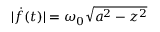
| \dot { f } ( t ) | = \omega _ { 0 } \sqrt { a ^ { 2 } - z ^ { 2 } }